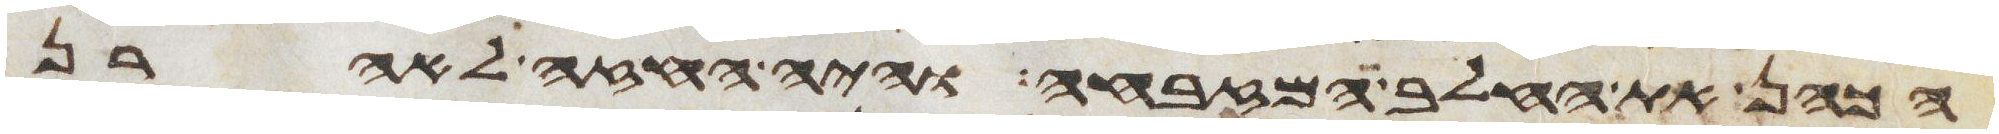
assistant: הכהן את החלב המזבחה והיה החזה לאהרן